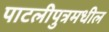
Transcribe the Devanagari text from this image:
पाटलीपुत्रमधील